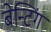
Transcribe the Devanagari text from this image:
बेन्टिंग